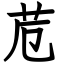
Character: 苊